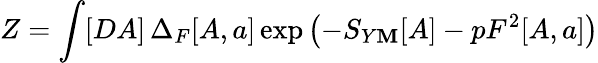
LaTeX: Z=\int[DA]\, \Delta_{F}[A,a]\exp\left(-S_{Y\mathbf{M}}[A]-pF^{2}[A,a]\right)